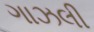
ગાઝલી